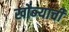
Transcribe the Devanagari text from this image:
खोब्ऱ्याची